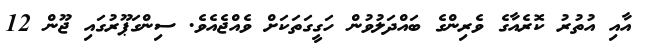
އާއި އުތުރު ކޮރެއާގެ ވެރިންގެ ބައްދަލުވުން ހަގީގަތަކަށް ވެއްޖެއެވެ. ސިންގަޕޫރުގައި ޖޫން 12